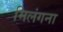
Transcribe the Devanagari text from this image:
मिलंगना